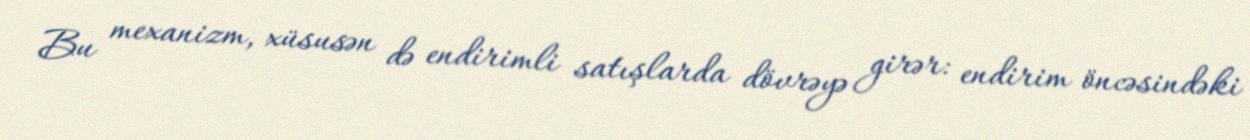
Bu mexanizm, xüsusən də endirimli satışlarda dövrəyə girər: endirim öncəsindəki